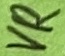
Text: VR